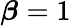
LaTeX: \boldsymbol\beta=1